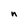
Character: n